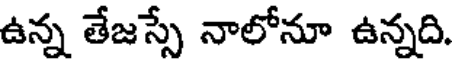
ఉన్న తేజస్సే నాలోనూ ఉన్నది.